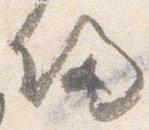
帰